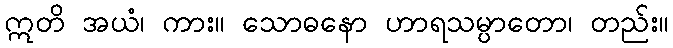
ဣတိ အယံ၊ ကား။ သောဓနော ဟာရသမ္ပာတော၊ တည်း။